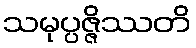
သမုပ္ပဇ္ဇိဿတိ